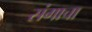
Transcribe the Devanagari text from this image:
संगाचा